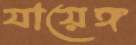
যায়েঙ্গ